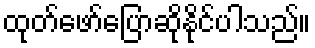
ထုတ်ဖော်ပြောဆိုနိုင်ပါသည်။